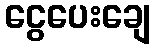
ငွေပေးချေ